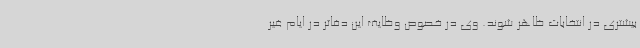
بیشتری در انتخابات ظاهر شوند. وی در خصوص وظایف این دفاتر در ایام غیر